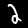
Digit: 2